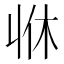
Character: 𠁫